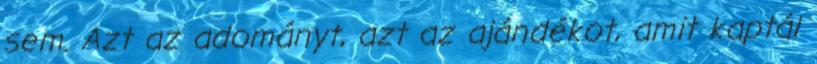
sem. Azt az adományt, azt az ajándékot, amit kaptál